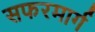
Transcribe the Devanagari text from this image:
सफरमार्ग